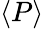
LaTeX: \left<P\right>